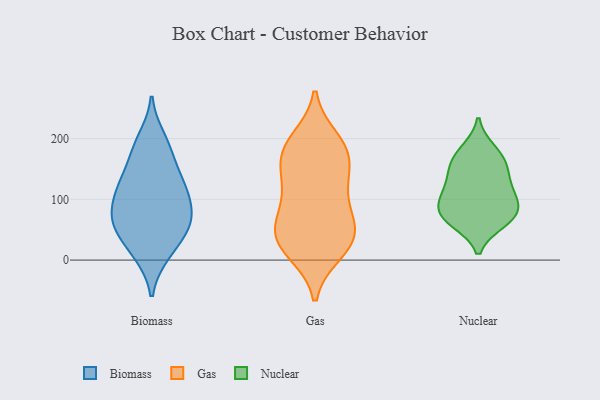
{"axis": {"x": "Budget (USD K)", "y": "Value"}, "legend": ["Biomass", "Gas", "Nuclear"], "data": [{"x": "", "y": 67, "type": "Biomass"}, {"x": "", "y": 47, "type": "Biomass"}, {"x": "", "y": 56, "type": "Biomass"}, {"x": "", "y": 11, "type": "Biomass"}, {"x": "", "y": 10, "type": "Biomass"}, {"x": "", "y": 52, "type": "Biomass"}, {"x": "", "y": 171, "type": "Biomass"}, {"x": "", "y": 185, "type": "Biomass"}, {"x": "", "y": 101, "type": "Biomass"}, {"x": "", "y": 125, "type": "Biomass"}, {"x": "", "y": 200, "type": "Biomass"}, {"x": "", "y": 136, "type": "Biomass"}, {"x": "", "y": 119, "type": "Biomass"}, {"x": "", "y": 114, "type": "Biomass"}, {"x": "", "y": 70, "type": "Biomass"}, {"x": "", "y": 78, "type": "Biomass"}, {"x": "", "y": 13, "type": "Gas"}, {"x": "", "y": 57, "type": "Gas"}, {"x": "", "y": 14, "type": "Gas"}, {"x": "", "y": 65, "type": "Gas"}, {"x": "", "y": 49, "type": "Gas"}, {"x": "", "y": 109, "type": "Gas"}, {"x": "", "y": 33, "type": "Gas"}, {"x": "", "y": 162, "type": "Gas"}, {"x": "", "y": 198, "type": "Gas"}, {"x": "", "y": 110, "type": "Gas"}, {"x": "", "y": 31, "type": "Gas"}, {"x": "", "y": 123, "type": "Gas"}, {"x": "", "y": 189, "type": "Gas"}, {"x": "", "y": 153, "type": "Gas"}, {"x": "", "y": 52, "type": "Gas"}, {"x": "", "y": 175, "type": "Gas"}, {"x": "", "y": 184, "type": "Gas"}, {"x": "", "y": 64, "type": "Nuclear"}, {"x": "", "y": 111, "type": "Nuclear"}, {"x": "", "y": 102, "type": "Nuclear"}, {"x": "", "y": 84, "type": "Nuclear"}, {"x": "", "y": 152, "type": "Nuclear"}, {"x": "", "y": 134, "type": "Nuclear"}, {"x": "", "y": 63, "type": "Nuclear"}, {"x": "", "y": 181, "type": "Nuclear"}, {"x": "", "y": 77, "type": "Nuclear"}, {"x": "", "y": 173, "type": "Nuclear"}, {"x": "", "y": 73, "type": "Nuclear"}, {"x": "", "y": 109, "type": "Nuclear"}, {"x": "", "y": 153, "type": "Nuclear"}]}